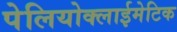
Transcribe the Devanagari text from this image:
पेलियोक्लाईमेटिक